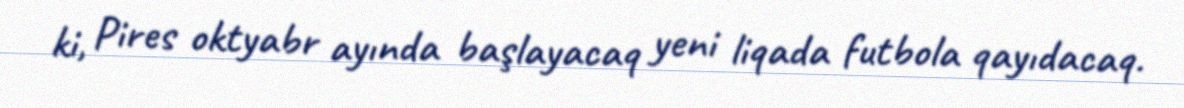
ki, Pires oktyabr ayında başlayacaq yeni liqada futbola qayıdacaq.